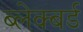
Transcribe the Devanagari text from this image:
ब्लेक्बर्ड